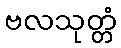
ဗလသုတ္တံ